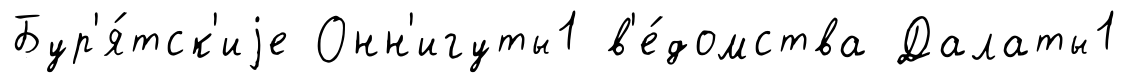
Бур'я́тск'иjе Онн'игуты1 в'е́домства Далаты1